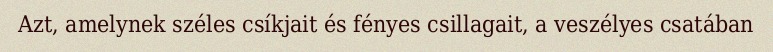
Azt, amelynek széles csíkjait és fényes csillagait, a veszélyes csatában